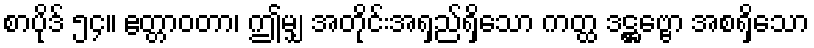
စာပိုဒ် ၅၄။ ဧတ္တာဝတာ၊ ဤမျှ အတိုင်းအရှည်ရှိသော ကတ္ထ ဒဋ္ဌဗ္ဗော အစရှိသော